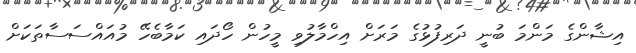
އިޝާންގެ މަންމަ ބުނީ ދަރިފުޅުގެ މަރަށް އިހްމާލުވި މީހުން ހޯދައި ކަމާބެހޭ މުއައްސަސާތަކަށް